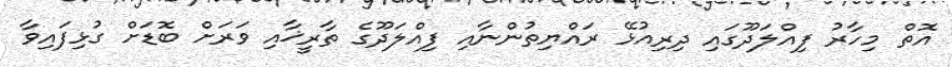
އޮތް މިހާރު ފިއްލަދޫގައި ދިރިއުޅޭ ރައްޔިތުންނާއި ފިއްލަދޫގެ ތާރީޚާއި ވަރަށް ބޮޑަށް ގުޅިފައިވާ